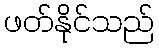
ဖတ်နိုင်သည်